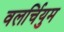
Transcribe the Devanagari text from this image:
वलर्चियुम